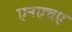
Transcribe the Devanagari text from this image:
एनएचए